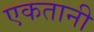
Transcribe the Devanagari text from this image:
एकतानी